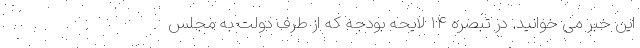
این خبر می خوانید. در تبصره ۱۴ لایحه بودجه که از طرف دولت به مجلس